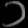
Digit: ၁